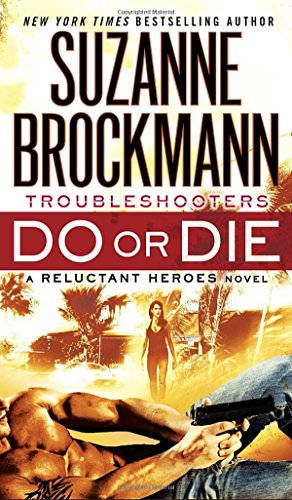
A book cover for Do or Die: Troubleshooters: A Reluctant Heroes Novel; Suzanne Brockmann; Romance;